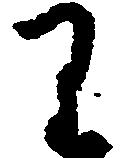
り